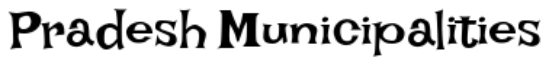
Pradesh Municipalities